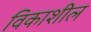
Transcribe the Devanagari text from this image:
विकाशील